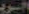
الرد